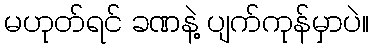
မဟုတ်ရင် ခဏနဲ့ ပျက်ကုန်မှာပဲ။